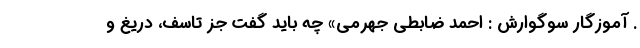
. آموزگار سوگوارش : احمد ضابطی جهرمی» چه باید گفت جز تاسف، دریغ و